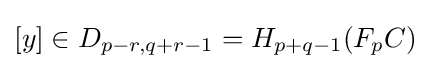
[y]\in D_{p-r,q+r-1}=H_{p+q-1}(F_{p}C)